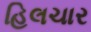
હિલચાર